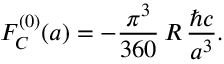
F _ { C } ^ { ( 0 ) } ( a ) = - \frac { \pi ^ { 3 } } { 3 6 0 } \, R \, \frac { \hbar c } { a ^ { 3 } } .